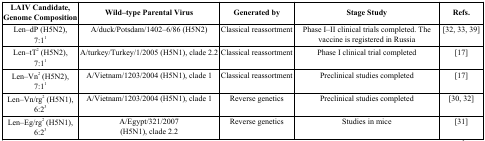
<table><thead><tr><td><b>LAIV Candidate,Genome Composition</b></td><td><b>Wild–type Parental Virus</b></td><td><b>Generated by</b></td><td><b>Stage Study</b></td><td><b>Refs.</b></td></tr></thead><tbody><tr><td>Len–dP (H5N2),7:1<sup>1</sup></td><td>A/duck/Potsdam/1402–6/86 (H5N2)</td><td>Classical reassortment</td><td>Phase I–II clinical trials completed. The vaccine is registered in Russia</td><td> [32, 33, 39]</td></tr><tr><td>Len–tT<sup>2</sup> (H5N2),7:1<sup>1</sup></td><td>A/turkey/Turkey/1/2005 (H5N1), clade 2.2</td><td>Classical reassortment</td><td>Phase I clinical trial completed</td><td> [17]</td></tr><tr><td>Len–Vn<sup>2</sup> (H5N2),7:1<sup>1</sup></td><td>A/Vietnam/1203/2004 (H5N1), clade 1</td><td>Classical reassortment</td><td>Preclinical studies completed</td><td> [17]</td></tr><tr><td>Len–Vn/rg<sup>2</sup> (H5N1),6:2<sup>3</sup></td><td>A/Vietnam/1203/2004 (H5N1), clade 1</td><td>Reverse genetics</td><td>Preclinical studies completed</td><td> [30, 32]</td></tr><tr><td>Len–Eg/rg<sup>2</sup> (H5N1),6:2<sup>3</sup></td><td>A/Egypt/321/2007(H5N1), clade 2.2</td><td>Reverse genetics</td><td>Studies in mice</td><td> [31]</td></tr></tbody></table>